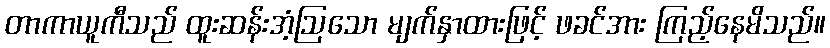
တာကာယူကီသည် ထူးဆန်းအံ့ဩသော မျက်နှာထားဖြင့် ဖခင်အား ကြည့်နေမိသည်။